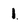
Character: 1